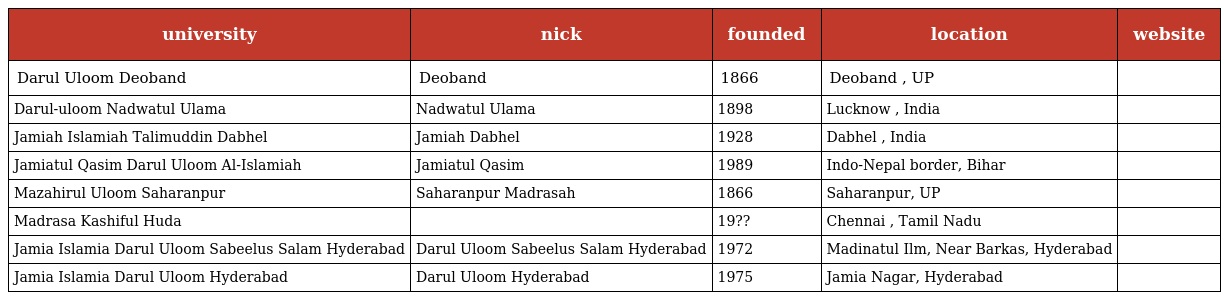
| university | nick | founded | location | website |
 | --- | --- | --- | --- | --- |
 | Darul Uloom Deoband | Deoband | 1866 | Deoband , UP |  |
 | Darul-uloom Nadwatul Ulama | Nadwatul Ulama | 1898 | Lucknow , India |  |
 | Jamiah Islamiah Talimuddin Dabhel | Jamiah Dabhel | 1928 | Dabhel , India |  |
 | Jamiatul Qasim Darul Uloom Al-Islamiah | Jamiatul Qasim | 1989 | Indo-Nepal border, Bihar |  |
 | Mazahirul Uloom Saharanpur | Saharanpur Madrasah | 1866 | Saharanpur, UP |  |
 | Madrasa Kashiful Huda |  | 19?? | Chennai , Tamil Nadu |  |
 | Jamia Islamia Darul Uloom Sabeelus Salam Hyderabad | Darul Uloom Sabeelus Salam Hyderabad | 1972 | Madinatul Ilm, Near Barkas, Hyderabad |  |
 | Jamia Islamia Darul Uloom Hyderabad | Darul Uloom Hyderabad | 1975 | Jamia Nagar, Hyderabad |  |